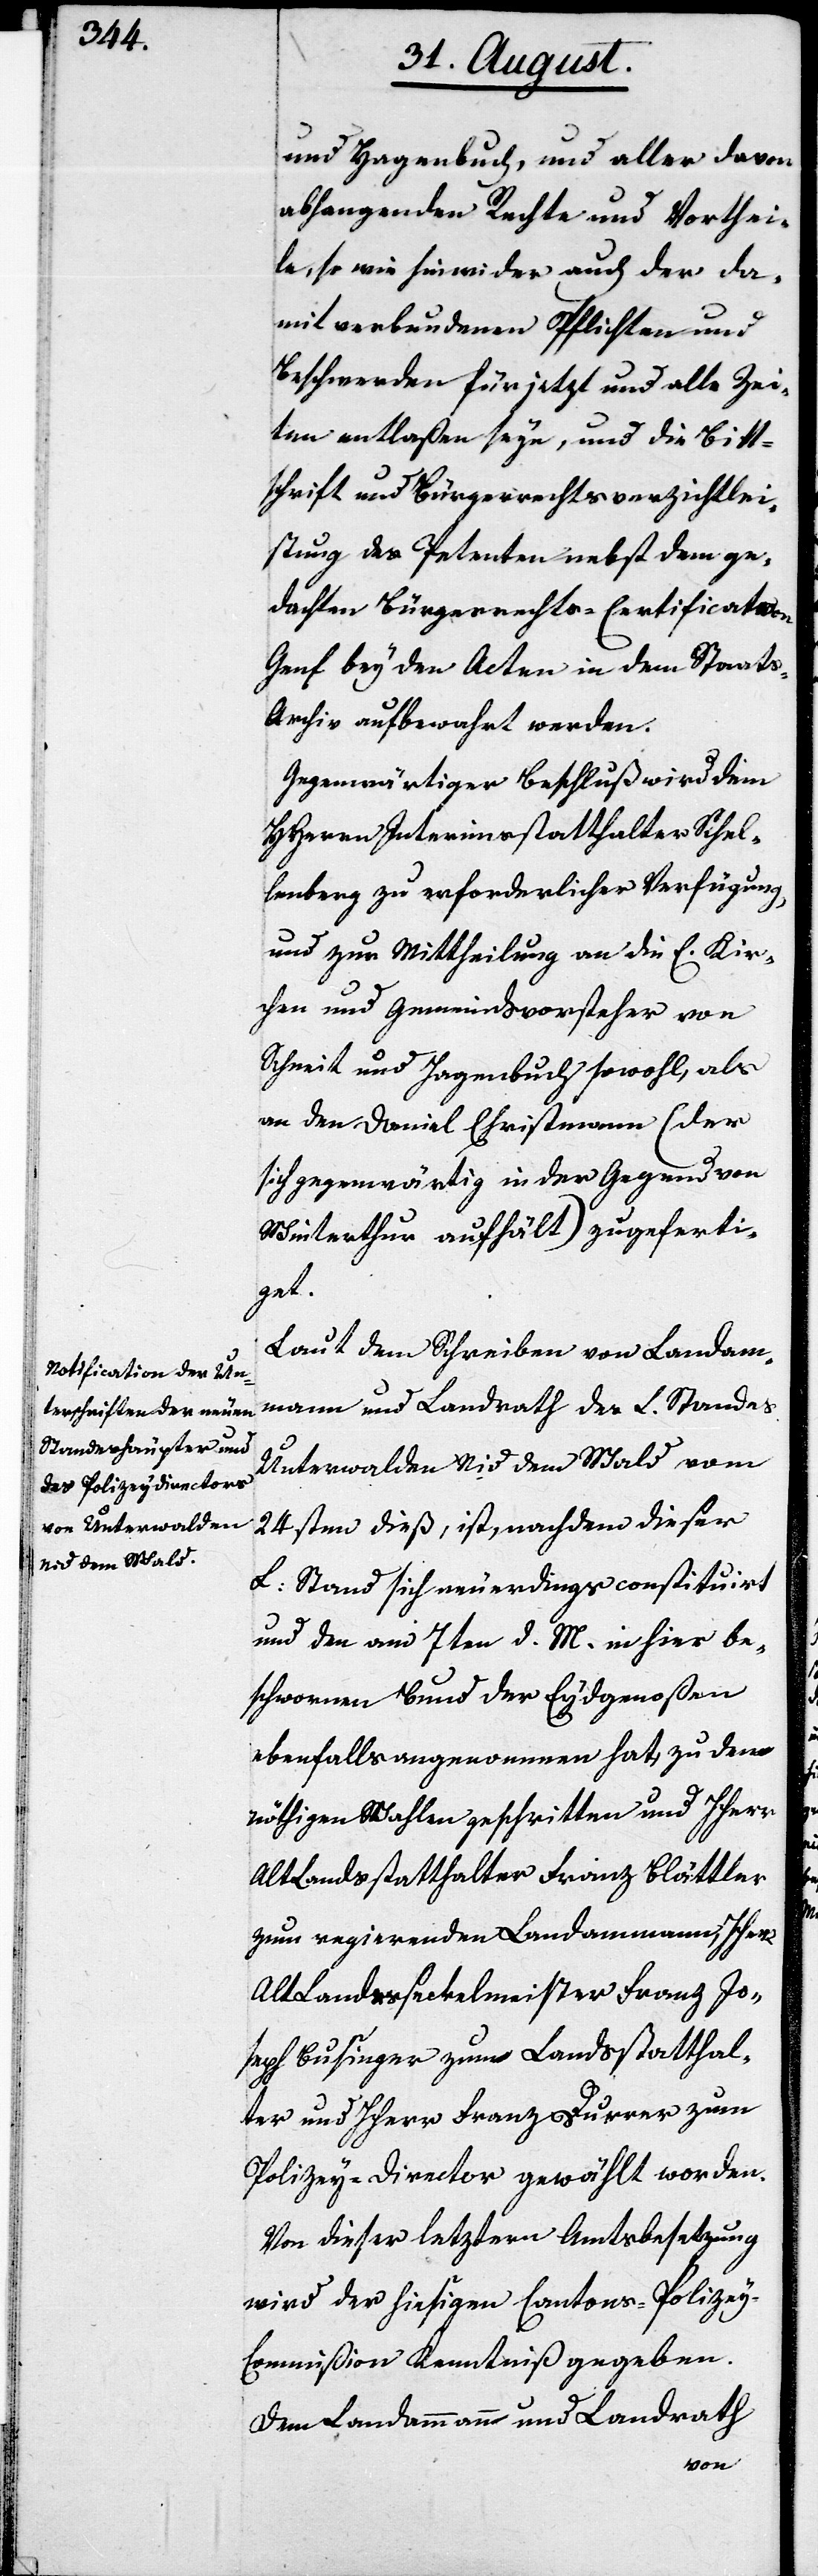
und Hagenbuch, und aller davon
abhangenden Rechte und Vorthei¬
le, so wie hinwider auch der da¬
mit verbundenen Pflichten und
Beschwerden für jetzt und alte Zei¬
ten entlaßen seyn, und die Bitt¬
schrift und Bürgerrechtsverzichtlei¬
stung des Petenten nebst dem ge¬
dachten Bürgerrechts-Certificat von
Genf bey den Acten in dem Staat¬
s-Archiv aufbewahrt werden.
Gegenwärtiger Beschluß wird dem
HHerrn Interimsstatthalter Schel¬
lenberg zu erforderlicher Verfügung,
und zu Mittheilung an die E. Kir¬
chen und Gemeindsvorsteher von
Schneit und Hagenbuch sowohl, als
an den Daniel Christmann (der
sich gegenwärtig in der Gegend von
Winterthur aufhält) zugeferti¬
get.
Laut dem Schreiben von Landam¬
mann und Landrath des L. Standes
Unterwalden Nid dem Wald vom
24sten dieß, ist, nachdem dieser
L. Stand sich neuerdings constituirt
und den am 7ten d. M. in hier be¬
ebenfalls angenommen hat, zu den
nöthigen Wahlen geschritten und HHerr
Alt Landstatthalter Franz Blättler
zum regierenden Landammann, HHerr
Alt Landesseckelmeister Franz Jo¬
seph Businger zum Landsstatthal¬
ter und HHerr Franz Durrer zum
Polizey-Director gewählt worden.
Von dieser letztern Amtsbesetzung
wird der hiesigen Cantons-Polizey-C¬
ommißion Kenntniß gegeben.
Dem Landammann und Landrath
schworenen